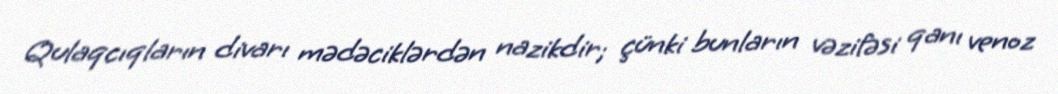
Qulaqcıqların divarı mədəciklərdən nazikdir; çünki bunların vəzifəsi qanı venoz